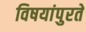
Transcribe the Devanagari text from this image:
विषयांपुरते